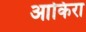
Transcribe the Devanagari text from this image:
आकिरा